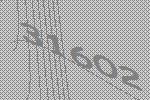
31602